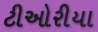
ટીઓરીયા